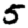
Digit: 5